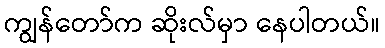
ကျွန်တော်က ဆိုးလ်မှာ နေပါတယ်။